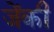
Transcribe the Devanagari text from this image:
जेंकी